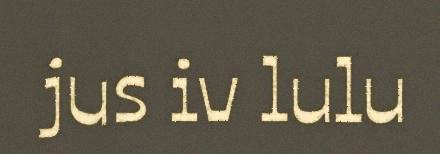
jus iv lulu